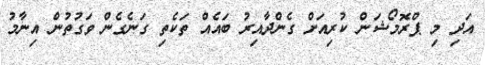
އަދި މި ޕްރޮމޯޝަން ކުރިއަށް ގެންދާއިރު ބައެއް ތަކެތި ގަނެގެން ވަގުތުން އިނާމު